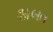
શાબત